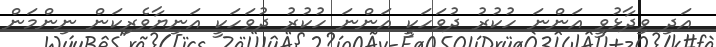
އަދި ވިދާޅުވީ އަންނަ ހުކުރު ދުވަހަކީ އަންނަ ހުކުރު ދުވަހަކީ އަނިޔާވެރިކަން ނިންމަން